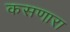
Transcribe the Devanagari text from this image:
कसणारा